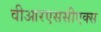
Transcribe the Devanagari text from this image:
वीआरएससीएक्स